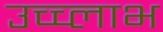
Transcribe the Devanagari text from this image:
उच्च्लाभ